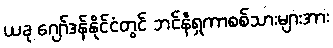
ယခု ဂျော်ဒန်နိုင်ငံတွင် ဘင်နီရှကာစစ်သားများအား